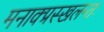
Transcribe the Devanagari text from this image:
मनाक्प्रस्खलन्तः